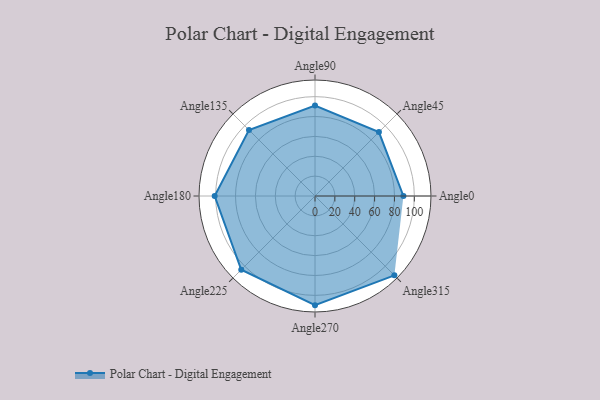
{"axis": {"x": "Angle", "y": "Radius"}, "legend": [""], "data": [{"x": "Angle0", "y": 89.0, "type": ""}, {"x": "Angle45", "y": 91.0, "type": ""}, {"x": "Angle90", "y": 91.0, "type": ""}, {"x": "Angle135", "y": 94.0, "type": ""}, {"x": "Angle180", "y": 101.0, "type": ""}, {"x": "Angle225", "y": 105.0, "type": ""}, {"x": "Angle270", "y": 110.0, "type": ""}, {"x": "Angle315", "y": 113.0, "type": ""}]}